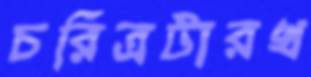
চরিত্রটারখ